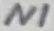
Text: NI